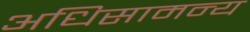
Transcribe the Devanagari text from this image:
अधिसामन्य